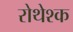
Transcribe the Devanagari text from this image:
रोथेश्क